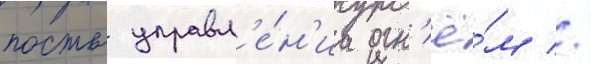
посты управл'е́н'иа огн'ё́м //